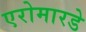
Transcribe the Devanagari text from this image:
एरोमारडे